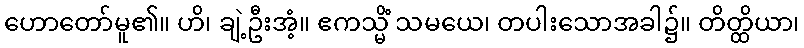
ဟောတော်မူ၏။ ဟိ၊ ချဲ့ဦးအံ့။ ဧကသ္မိံ သမယေ၊ တပါးသောအခါ၌။ တိတ္ထိယာ၊